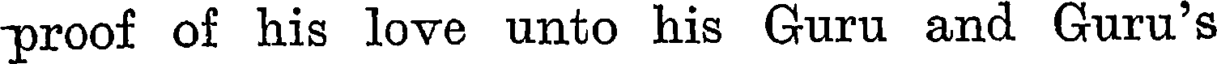
proof of his love unto his Guru and Guru's